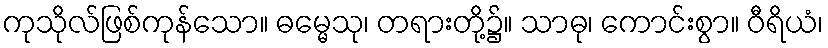
ကုသိုလ်ဖြစ်ကုန်သော။ ဓမ္မေသု၊ တရားတို့၌။ သာဓု၊ ကောင်းစွာ။ ဝီရိယံ၊